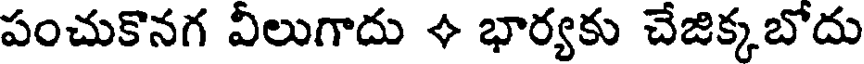
పంచుకొనగ వీలుగాదు + భార్యకు చేజిక్కబోదు